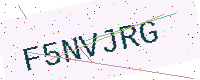
Text: F5NVJRG